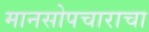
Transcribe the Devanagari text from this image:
मानसोपचाराचा